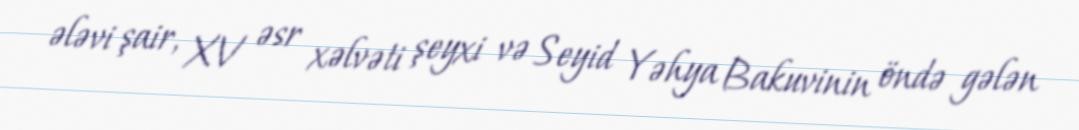
ələvi şair, XV əsr xəlvəti şeyxi və Seyid Yəhya Bakuvinin öndə gələn